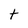
Character: t